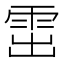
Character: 𩂗